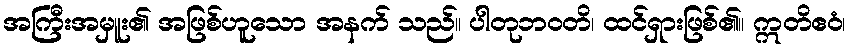
အကြီးအမှူး၏ အဖြစ်ဟူသော အနက် သည်။ ပါတုဘဝတိ၊ ထင်ရှားဖြစ်၏။ ဣတိဧဝံ၊